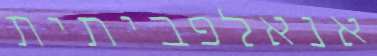
אנאלפביתית